Report on horse surra - Volume I
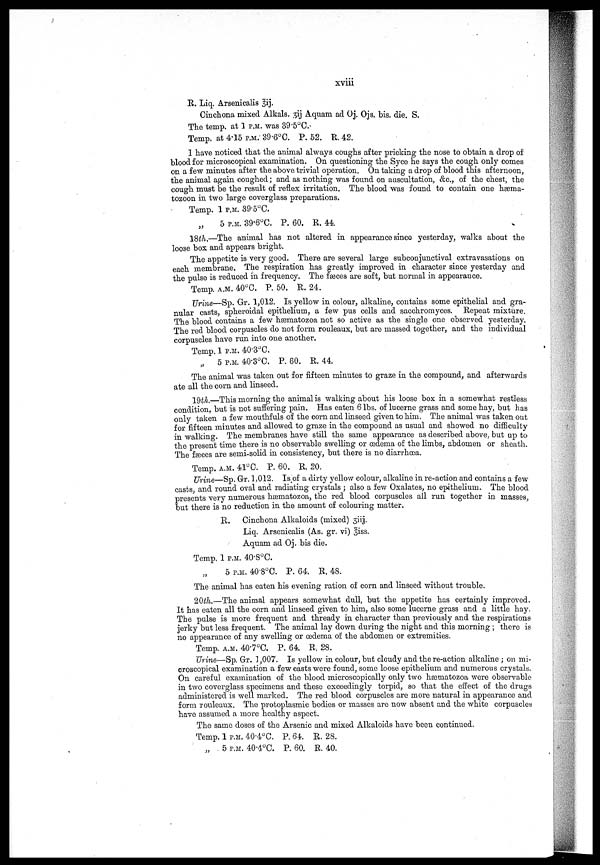
xviii
R. Liq. Arsenicalis 3ij.
Cinchona mixed Alkals. 3ij Aquam ad Oj. Ojs. bis. die. S.
The temp. at 1 P.M. was 39.5°C.
Temp. at 4.15 P.M. 39.6°C. P. 52. R. 42.
I have noticed that the animal always coughs after pricking the nose to obtain a drop of
blood for microscopical examination. On questioning the Syce he says the cough only comes
on a few minutes after the above trivial operation. On taking a drop of blood this afternoon,
the animal again coughed ; and as nothing was found on auscultation, &c, of the chest, the
cough must be the result of reflex irritation. The blood was found to contain one hæma-
tozoon in two large coverglass preparations.
Temp. 1 P.M. 39.5°C.
5 P.M. 39.6°C. P. 60. R. 44.
18th.—The animal has not altered in appearance since yesterday, walks about the
loose box and appears bright.
The appetite is very good. There are several large subconjunctival extravasations on
each membrane. The respiration has greatly improved in character since yesterday and
the pulse is reduced in frequency. The fasces are soft, but normal in appearance.
Temp. A.M. 40°C. P. 50. R. 24.
Urine—Sp. Gr. 1,012. Is yellow in colour, alkaline, contains some epithelial and gra-
nular casts, spheroidal epithelium, a few pus cells and sacchromyces. Repeat mixture.
The blood contains a few hæmatozoa not so active as the single one observed yesterday.
The red blood corpuscles do not form rouleaux, but are massed together, and the individual
corpuscles have run into one another.
Temp. 1 P.M. 40.3°C.
„
5 P.M. 40.3°C. P. 60. R. 44.
The animal was taken out for fifteen minutes to graze in the compound, and afterwards
ate all the corn and linseed.
19th.—This morning the animal is walking about his loose box in a somewhat restless
condition, but is not suffering pain. Has eaten 6 lbs. of lucerne grass and some hay, but has
only taken a few mouthfuls of the corn and linseed given to him. The animal was taken out
for fifteen minutes and allowed to graze in the compound as usual and showed no difficulty
in walking. The membranes have still the same appearance as described above, but up to
the present time there is no observable swelling or œdema of the limbs, abdomen or sheath.
The fasces are semi-solid in consistency, but there is no diarrhœa.
Temp. A.M. 41°C. P. 60. R. 20.
Urine—Sp. Gr. 1,012. Is of a dirty yellow colour, alkaline in re-action and contains a few
casts and round oval and radiating crystals ; also a few Oxalates, no epithelium. The blood
presents very numerous hæmatozoa, the red blood corpuscles all run together in masses,
but there is no reduction in the amount of colouring matter.
R.
Cinchona Alkaloids (mixed) 3iij.
Liq. Arsenicalis (As. gr. vi) 3iss.
Aquam ad Oj. bis die.
Temp, 1 P.M. 40.8°C.
5 P.M. 40.8°C. P. 64. R. 48.
The animal has eaten his evening ration of corn and linseed without trouble.
20th.—The animal appears somewhat dull, but the appetite has certainly improved.
It has eaten all the corn and linseed given to him, also some lucerne grass and a little hay.
The pulse is more frequent and thready in character than previously and the respirations
jerky but less frequent. The animal lay clown during the night and this morning ; there is
no appearance of any swelling or œdema of the abdomen or extremities.
Temp. A.M. 40.7°C. P. 64. R. 28.
Urine—Sp. Gr. 1,007. Is yellow in colour, but cloudy and the re-action alkaline ; on mi-
croscopical examination a few casts were found, some loose epithelium and numerous crystals.
On careful examination of the blood microscopically only two hæmatozoa were observable
in two coverglass specimens and these exceedingly torpid, so that the effect of the drugs
administered is well marked. The red blood corpuscles are more natural in appearance and
form rouleaux. The protoplasmic bodies or masses are now absent and the white corpuscles
have assumed a more healthy aspect.
The same doses of the Arsenic and mixed Alkaloids have been continued.
Temp. 1 P.M. 40.4°C. P. 64. R. 28.
„
5 P.M. 40.4°C. P. 60. R. 40.